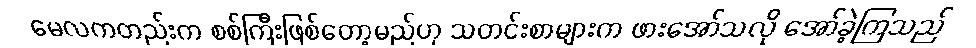
မေလကတည်းက စစ်ကြီးဖြစ်တော့မည်ဟု သတင်းစာများက ဖားအော်သလို အော်ခဲ့ကြသည်